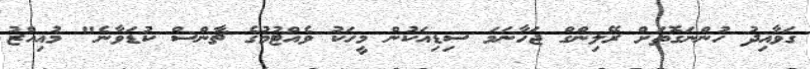
ގަވާއިދު ހުންނަގޮތަށް ރޭލިންގް ޖަހާނަމަ ސިޑިއަކުން މީހަކު ވެއްޓުމުގެ ޗާންސް ކުޑަވާނެ" މުއިއްޒު